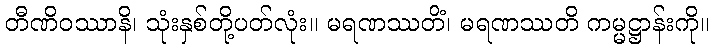
တီဏိဝဿာနိ၊ သုံးနှစ်တို့ပတ်လုံး။ မရဏဿတိံ၊ မရဏဿတိ ကမ္မဋ္ဌာန်းကို။